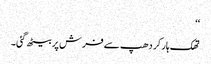
‘‘
تھک ہار کر دھپ سے فرش پر بیٹھ گئی۔